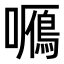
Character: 𡃌